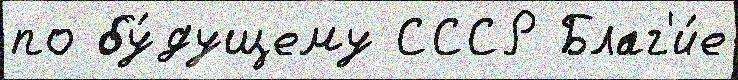
по бу́дущему СССР Благ'и́е